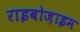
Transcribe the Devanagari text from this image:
राइबोज़ाइम